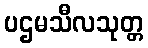
ပဌမသီလသုတ္တ